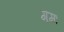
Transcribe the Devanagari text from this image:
गमः